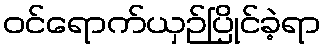
ဝင်ရောက်ယှဉ်ပြိုင်ခဲ့ရာ